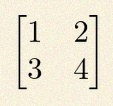
\begin{bmatrix}1&2\\3&4\end{bmatrix}